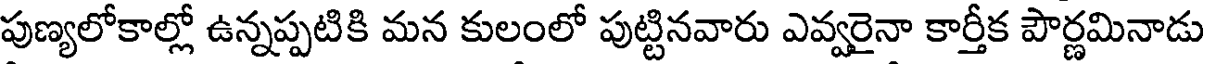
పుణ్యలోకాల్లో ఉన్నప్పటికి మన కులంలో పుట్టినవారు ఎవ్వరైనా కార్తీక పౌర్ణమినాడు